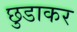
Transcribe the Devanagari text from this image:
छुडाकर